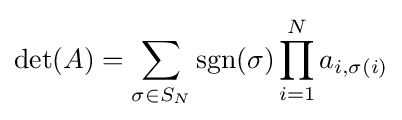
\det(A)=\sum _{\sigma \in S_{N}}\operatorname {sgn}(\sigma )\prod _{i=1}^{N}a_{i,\sigma (i)}